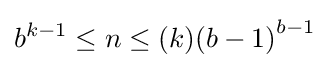
b^{k-1}\leq n\leq (k){(b-1)}^{b-1}